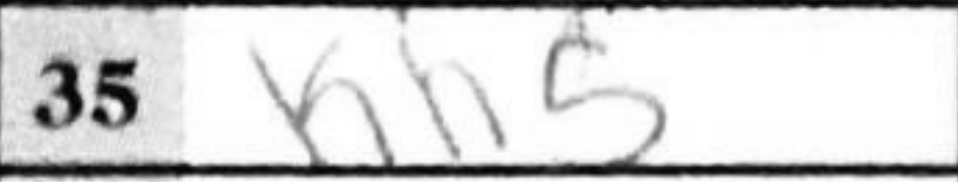
Transcription: Kh5